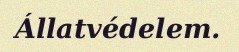
Állatvédelem.